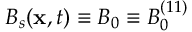
B _ { s } ( \mathbf { x } , t ) \equiv B _ { 0 } \equiv B _ { 0 } ^ { ( 1 1 ) }